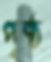
পৃষ্ঠ